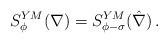
LaTeX: \begin{align*} S^{YM}_{\phi} ( \nabla) = S^{YM}_{\phi - \sigma}(\hat \nabla) \, .\end{align*}